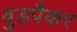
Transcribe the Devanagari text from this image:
वुडपैकर